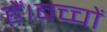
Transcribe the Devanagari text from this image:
हैं।बच्चों